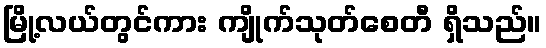
မြို့လယ်တွင်ကား ကျိုက်သုတ်စေတီ ရှိသည်။